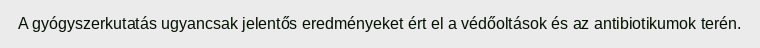
A gyógyszerkutatás ugyancsak jelentős eredményeket ért el a védőoltások és az antibiotikumok terén.